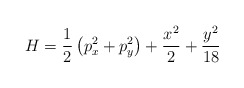
\begin{align*}H=\frac{1}{2}\left( p_x^2 + p_y^2 \right)+\frac{x^2}{2}+\frac{y^2}{18}\end{align*}